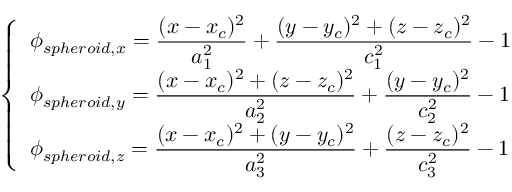
\left\{ \begin{array} { l l } { \displaystyle { \phi _ { s p h e r o i d , x } = \frac { ( x - x _ { c } ) ^ { 2 } } { a _ { 1 } ^ { 2 } } + \frac { ( y - y _ { c } ) ^ { 2 } + ( z - z _ { c } ) ^ { 2 } } { c _ { 1 } ^ { 2 } } - 1 } } \\ { \displaystyle { \phi _ { s p h e r o i d , y } = \frac { ( x - x _ { c } ) ^ { 2 } + ( z - z _ { c } ) ^ { 2 } } { a _ { 2 } ^ { 2 } } + \frac { ( y - y _ { c } ) ^ { 2 } } { c _ { 2 } ^ { 2 } } - 1 } } \\ { \displaystyle { \phi _ { s p h e r o i d , z } = \frac { ( x - x _ { c } ) ^ { 2 } + ( y - y _ { c } ) ^ { 2 } } { a _ { 3 } ^ { 2 } } + \frac { ( z - z _ { c } ) ^ { 2 } } { c _ { 3 } ^ { 2 } } - 1 } } \end{array} \right.